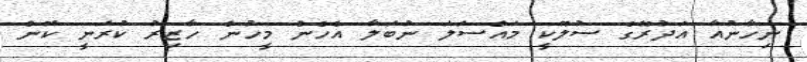
ނިހާނުއާ އަދުރޭގެ ސުލޫކީ މައްސަލަ ނުބަލާ އެހެން މީހުން ހާޒިރު ކުރަނީ ކޮން